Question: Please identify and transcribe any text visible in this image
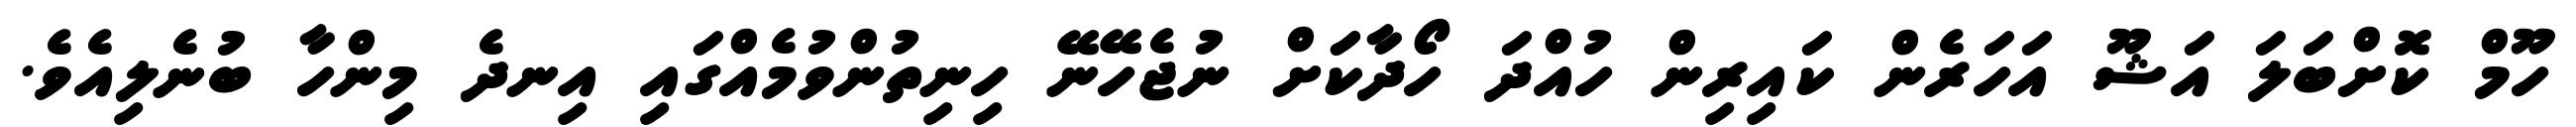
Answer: ހޫމް ކޮށްބަލަ އަޝޫ އަހަރެން ކައިރިން ހުއްދަ ހޯދާކަަށް ނުޖެހޭނޭ ހިނިތުންވުމެއްގައި އިނދެ މިންހާ ބުނެލިއެވެ.